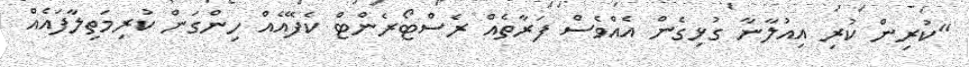
"ކުރިން ކުރި އިއުލާނާ ގުޅިގެން އެއްވެސް ފަރާތެއް ރެސްޓޯރެންޓް ކެފޭއެއް ހިންގަން ކުރިމަތިލާފައެއް